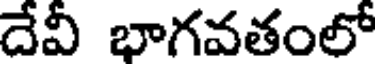
దేవీ భాగవతంలో